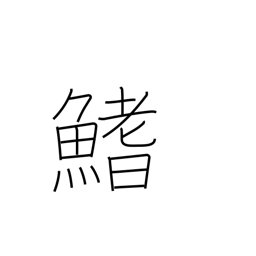
Meaning: fin